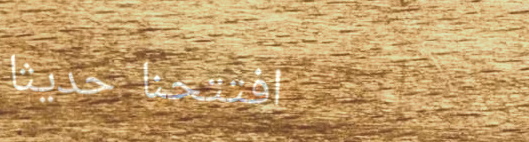
افتتحنا حديثاً